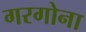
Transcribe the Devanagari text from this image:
गरगोना